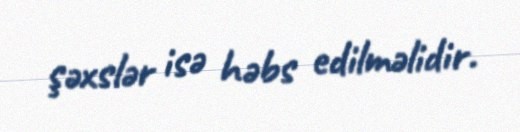
şəxslər isə həbs edilməlidir.